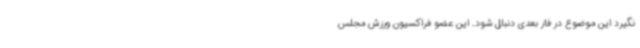
نگیرد این موضوع در فاز بعدی دنبال شود. این عضو فراکسیون ورزش مجلس